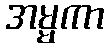
အမ္မကာ